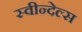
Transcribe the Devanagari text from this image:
स्वीन्देल्स